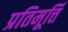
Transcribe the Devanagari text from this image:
प्रतिमूर्त्ति